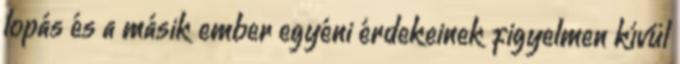
lopás és a másik ember egyéni érdekeinek figyelmen kívül